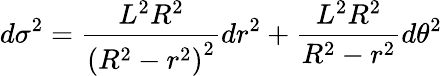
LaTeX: d\sigma^{2}=\frac{L^{2}R^{2}}{\left(R^{2}-r^{2}\right)^{2}}dr^{2}+\frac{L^{2}R^{2}}{R^{2}-r^{2}}d\theta^{2}